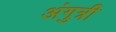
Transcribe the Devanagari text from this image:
अंगुत्री